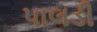
પાલડી